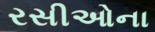
રસીઓના